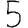
Digit: 5